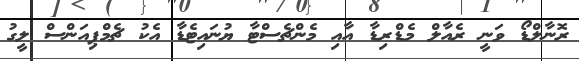
ރޮނާލްޑޯ ވަނީ ރެއާލް މެޑްރިޑާ އާއި މެންޗެސްޓާ ޔުނައިޓެޑާ އެކު ޗެމްޕިއަންސް ލީގު